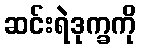
ဆင်းရဲဒုက္ခကို